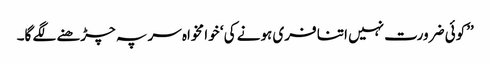
’’کوئی ضرورت نہیں اتنا فری ہونے کی ‘ خوا مخواہ سر پہ چڑھنے لگے گا۔